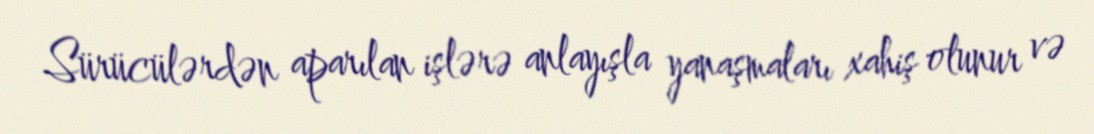
Sürücülərdən aparılan işlərə anlayışla yanaşmaları xahiş olunur və